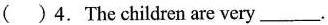
( ) 4. The children are very ___ .